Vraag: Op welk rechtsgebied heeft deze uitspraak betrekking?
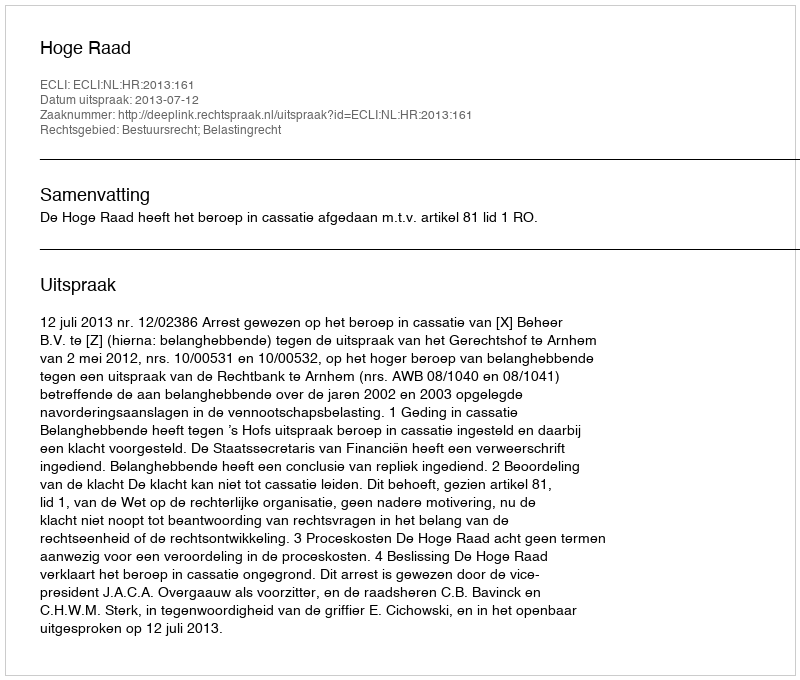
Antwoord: Bestuursrecht; Belastingrecht